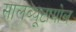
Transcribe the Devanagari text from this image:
सालब्यूटामोल